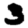
Digit: 3